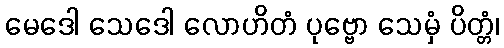
မေဒေါ သေဒေါ လောဟိတံ ပုဗ္ဗော သေမှံ ပိတ္တံ၊